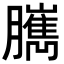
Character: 𦢥